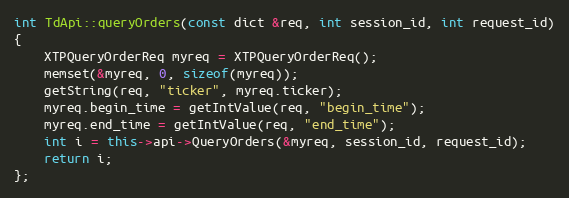
Language: C++
int TdApi::queryOrders(const dict &req, int session_id, int request_id)
{
	XTPQueryOrderReq myreq = XTPQueryOrderReq();
	memset(&myreq, 0, sizeof(myreq));
	getString(req, "ticker", myreq.ticker);
	myreq.begin_time = getIntValue(req, "begin_time");
	myreq.end_time = getIntValue(req, "end_time");
	int i = this->api->QueryOrders(&myreq, session_id, request_id);
	return i;
};